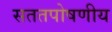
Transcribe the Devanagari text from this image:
सततपोषणीय